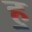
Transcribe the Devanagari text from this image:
ह॒